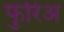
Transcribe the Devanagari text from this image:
फुरिअ